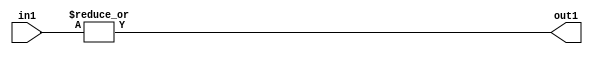
`timescale 1ps / 1ps
/*****************************************************************************
    Verilog RTL Description
    
    
    Created by: Stratus DpOpt 21.05.01 
*******************************************************************************/

module SobelFilter_OrReduction_6U_1U_4 (
	in1,
	out1
	); /* architecture "behavioural" */ 
input [5:0] in1;
output  out1;
wire  asc001;

assign asc001 = 
	(|in1);

assign out1 = asc001;
endmodule

/* CADENCE  urfyTgg= : u9/ySxbfrwZIxEzHVQQV8Q== ** DO NOT EDIT THIS LINE ******/